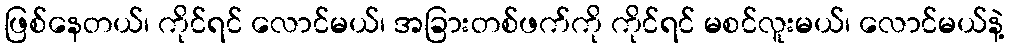
ဖြစ်နေတယ်၊ ကိုင်ရင် လောင်မယ်၊ အခြားတစ်ဖက်ကို ကိုင်ရင် မစင်လူးမယ်၊ လောင်မယ်နဲ့